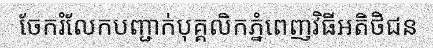
ចែករំលែកបញ្ជាក់បុគ្គលិកភ្នំពេញវិធីអតិថិជន